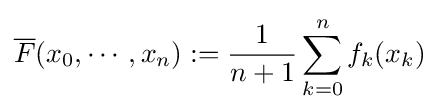
{\overline {F}}(x_{0},\cdots ,x_{n}):={\frac {1}{n+1}}\sum _{k=0}^{n}f_{k}(x_{k})